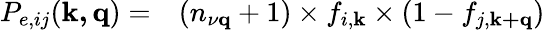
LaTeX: \begin{array}{rl}{P_{e,ij}(\mathbf{k,q})=}&{{}(n_{\mathbf{\nu\mathbf{q}}}+1)\times f_{i,\mathbf{k}}\times(1-f_{j,\mathbf{k+q}})}\end{array}